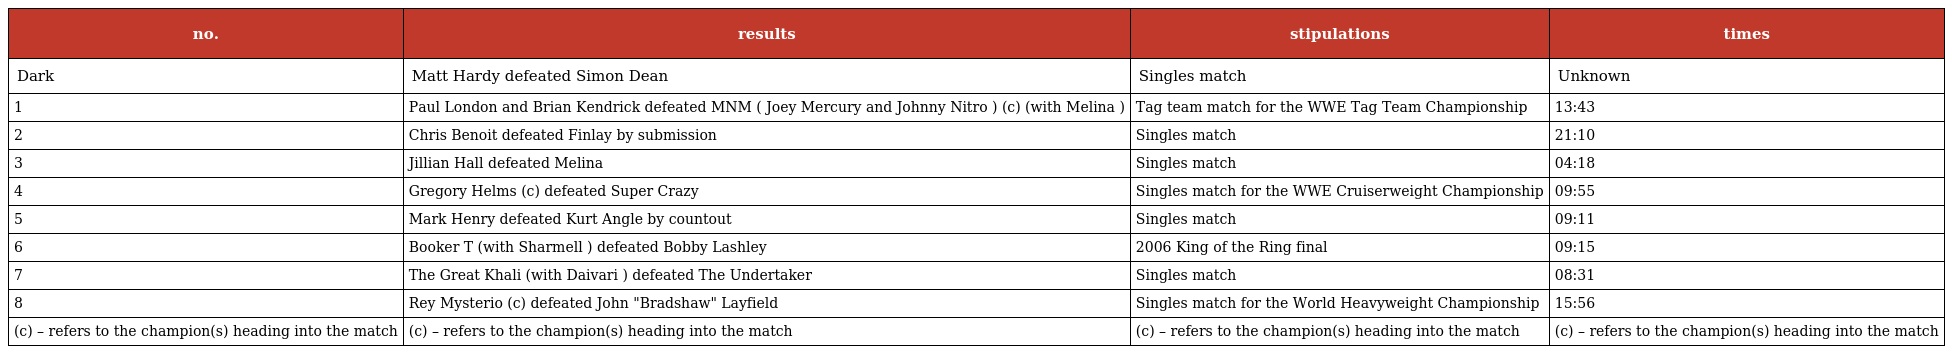
| no. | results | stipulations | times |
 | --- | --- | --- | --- |
 | Dark | Matt Hardy defeated Simon Dean | Singles match | Unknown |
 | 1 | Paul London and Brian Kendrick defeated MNM ( Joey Mercury and Johnny Nitro ) (c) (with Melina ) | Tag team match for the WWE Tag Team Championship | 13:43 |
 | 2 | Chris Benoit defeated Finlay by submission | Singles match | 21:10 |
 | 3 | Jillian Hall defeated Melina | Singles match | 04:18 |
 | 4 | Gregory Helms (c) defeated Super Crazy | Singles match for the WWE Cruiserweight Championship | 09:55 |
 | 5 | Mark Henry defeated Kurt Angle by countout | Singles match | 09:11 |
 | 6 | Booker T (with Sharmell ) defeated Bobby Lashley | 2006 King of the Ring final | 09:15 |
 | 7 | The Great Khali (with Daivari ) defeated The Undertaker | Singles match | 08:31 |
 | 8 | Rey Mysterio (c) defeated John "Bradshaw" Layfield | Singles match for the World Heavyweight Championship | 15:56 |
 | (c) – refers to the champion(s) heading into the match | (c) – refers to the champion(s) heading into the match | (c) – refers to the champion(s) heading into the match | (c) – refers to the champion(s) heading into the match |